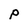
Character: P